Indian journal of veterinary science and animal husbandry - Volumes 15-17, 1948-1951
Year: 1948
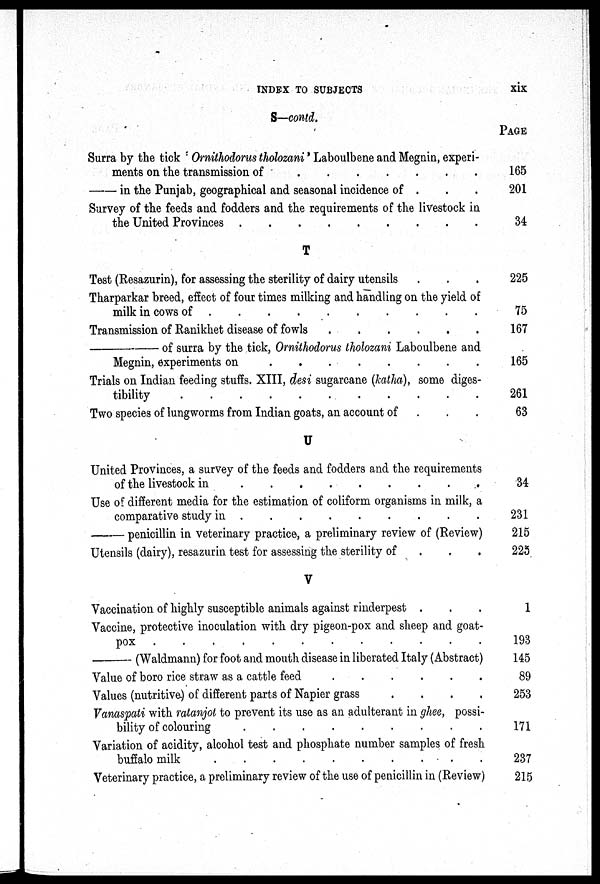
INDEX TO SUBJECTS
xix
S—contd.
Surra by the tick Ornithodorus tholozani' Laboulbene and Megnin, experi-
ments on the transmission of
.
.
.
.
.
.
.
— in the Punjab, geographical and seasonal incidence of . . .
Survey of the feeds and fodders and the requirements of the livestock in
the United Provinces
.
.
.
.
.
.
.
.
.
.
T
Test (Resazurin), for assessing the sterility of dairy utensils . . .
Tharparkar breed, effect of four times milking and handling on the yield of
milk in cows of
.
.
.
.
.
.
.
.
.
.
.
Transmission of Ranikhet disease of fowls . . . . . .
—
of surra by the tick, Ornithodorus tholozani Laboulbene and
Megnin, experiments on
.
.
.
.
.
.
.
.
.
Trials on Indian feeding stuffs. XIII, desi sugarcane (katha), some diges-
tibility
.
.
.
.
.
.
.
.
.
.
.
Two species of lungworms from Indian goats, an account of . . .
U
United Provinces, a survey of the feeds and fodders and the requirements
of the livestock in
.
.
.
.
.
.
.
.
.
Use of different media for the estimation of coliform organisms in milk, a
comparative study in
.
.
.
.
.
.
.
.
.
.
—
penicillin in veterinary practice, a preliminary review of (Review)
Utensils (dairy), resazurin test for assessing the sterility of . . .
V
Vaccination of highly susceptible animals against rinderpest . . .
Vaccine, protective inoculation with dry pigeon-pox and sheep and goat-
pox
.
.
.
.
.
.
.
.
.
.
.
—
(Waldmann) for foot and mouth disease in liberated Italy (Abstract)
Value of boro rice straw as a cattle feed
.
.
.
.
.
.
.
Values (nutritive) of different parts of Napier grass
.
.
.
.
Vanaspati with ratanjot to prevent its use as an adulterant in ghee, possi-
bility of colouring
.
.
.
.
.
.
.
.
.
.
.
Variation of acidity, alcohol test and phosphate number samples of fresh
buffalo milk
.
.
.
.
.
.
.
.
.
.
.
Veterinary practice, a preliminary review of the use of penicillin in (Review)
PAGE
165
201
34
225
75
167
165
261
63
34
231
215
225
1
193
145
89
253
171
237
215